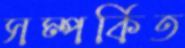
সম্পর্কিত